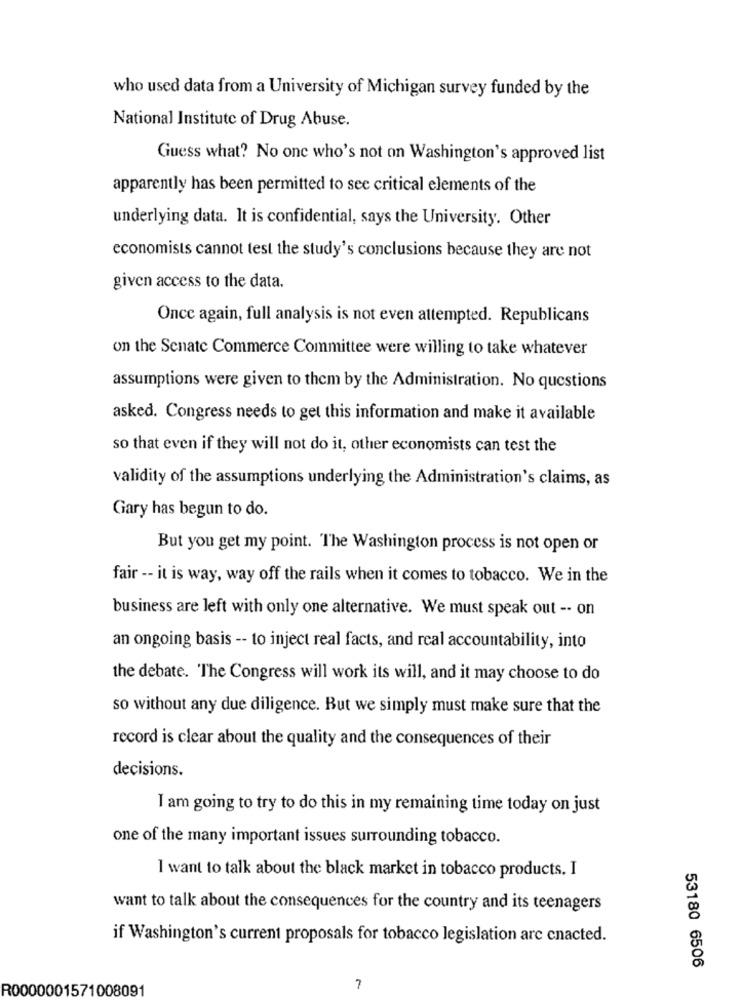
who used data from a University of Michigan survey funded by the
National Institute of Drug Abuse.
Guess what? No one who's not on Washington's approved list
apparently has been permitted to see critical elements of the
underlying data. It is confidential, says the University. Other
economists cannot test the study's conclusions because they are not
given access to the data.
Once again, full analysis is not even attempted. Republicans
on the Senate Commerce Committee were willing to take whatever
assumptions were given to them by the Administration. No questions
asked. Congress needs to get this information and make it available
so that even if they will not do it, other economists can test the
validity of the assumptions underlying the Administration's claims, as
Gary has begun to do.
But you get my point. The Washington process is not open or
fair -- it is way, way off the rails when it comes to tobacco. We in the
business are left with only one alternative. We must speak out -- on
an ongoing basis -- to inject real facts, and real accountability, into
the debate. 'The Congress will work its will, and it may choose to do
so without any due diligence. But we simply must make sure that the
record is clear about the quality and the consequences of their
decisions.
I am going to try to do this in my remaining time today on just
one of the many important issues surrounding tobacco.
I want to talk about the black market in tobacco products. I
want to talk about the consequences for the country and its teenagers
if Washington's current proposals for tobacco legislation are cnacted.
53180 6506
R0000001571008091
7